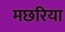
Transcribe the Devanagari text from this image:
मछरिया